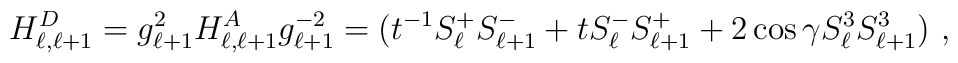
H^D_{\ell ,\ell +1}=g^2_{\ell +1}H^A_{\ell ,\ell +1}g^{-2}_{\ell +1}=(t^{-1}S^+_{\ell}S^-_{\ell +1}+tS^-_{\ell}S^+_{\ell +1}+2\cos\gamma S^3_{\ell}S^3_{\ell +1})\ ,